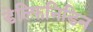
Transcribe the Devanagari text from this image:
डेल्फिनिडिन